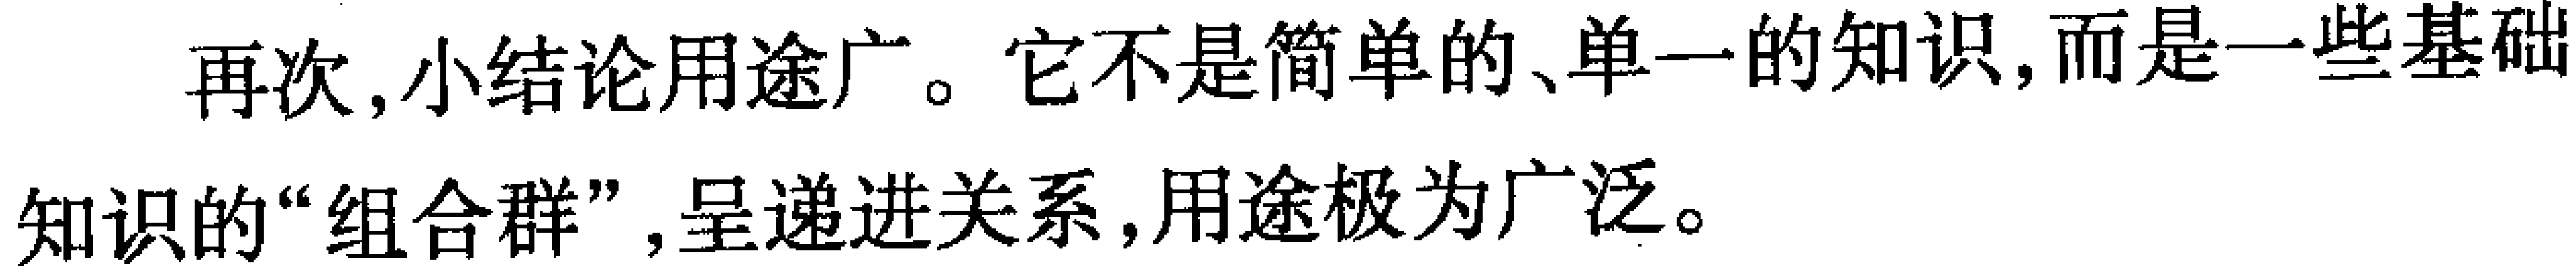
再次, 小结论用途广。它不是简单的、单一的知识, 而是一些基础知识的“组合群”, 呈递进关系, 用途极为广泛。